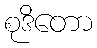
စုဒိတော